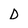
Character: d